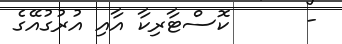
-      ކޮސްޓާރިކާ އާއި އުރުގުއޭގެ